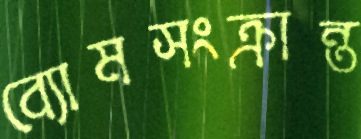
ব্যোমসংক্রান্ত